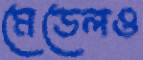
মেডেলও